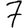
Digit: 7